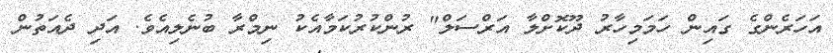
އަހަރެންގެ ގައިން ހަމަމިހާރު ދޫކޮށްލާ އަރްސަލް" ރުންކުރުކަމާއެކު ނިމްރާ ބުނެލިއެވެ. އަދި ދެއަތުން